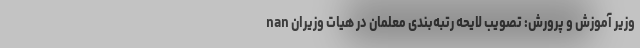
وزیر آموزش و پرورش: تصویب لایحه رتبه‌بندی معلمان در هیات وزیران nan